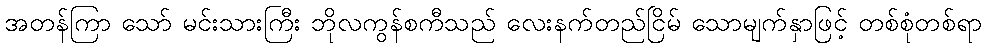
အတန်ကြာ သော် မင်းသားကြီး ဘိုလကွန်စကီသည် လေးနက်တည်ငြိမ် သောမျက်နှာဖြင့် တစ်စုံတစ်ရာ